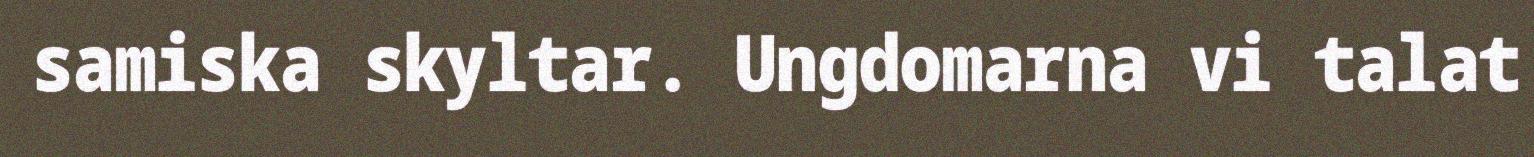
samiska skyltar. Ungdomarna vi talat